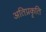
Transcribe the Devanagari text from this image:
अतिप्रकृति